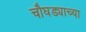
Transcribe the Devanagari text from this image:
चौघड्याच्या